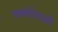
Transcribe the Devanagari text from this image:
वर्षांऐवजी